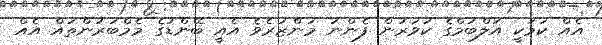
އެއް ކަަމަކީ އަލްބަމްގެ ކަވަރުން ފެންނަ މަންޒަރެވެ އެއީ ބޭންޑުގެ މެމްބަރުންތައް އެއް